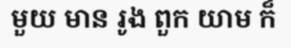
មួយ មាន រូង ពួក យាម ក៏